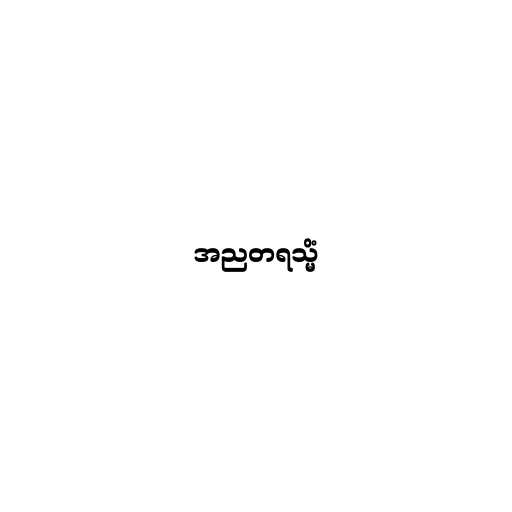
အညတရသ္မိံ